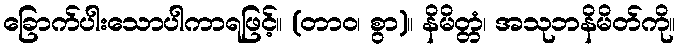
ခြောက်ပါးသောပါကာရဖြင့်။ (တာဝ၊ စွာ)။ နိမိတ္တံ၊ အသုဘနိမိတ်ကို။